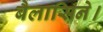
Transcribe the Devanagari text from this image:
बैलासिने।